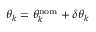
\theta _ { k } = \theta _ { k } ^ { \mathrm { n o m } } + \delta \theta _ { k }